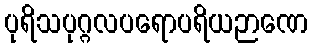
ပုရိသပုဂ္ဂလပရောပရိယဉာဏေ